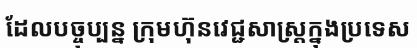
ដែលបច្ចុប្បន្ន ក្រុមហ៊ុនវេជ្ជសាស្ត្រក្នុងប្រទេស